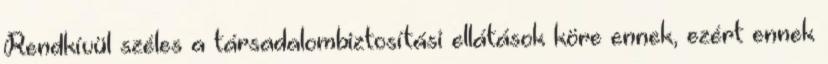
Rendkívül széles a társadalombiztosítási ellátások köre ennek, ezért ennek